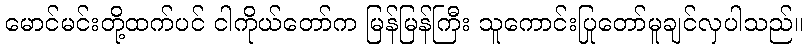
မောင်မင်းတို့ထက်ပင် ငါကိုယ်တော်က မြန်မြန်ကြီး သူကောင်းပြုတော်မူချင်လှပါသည်။